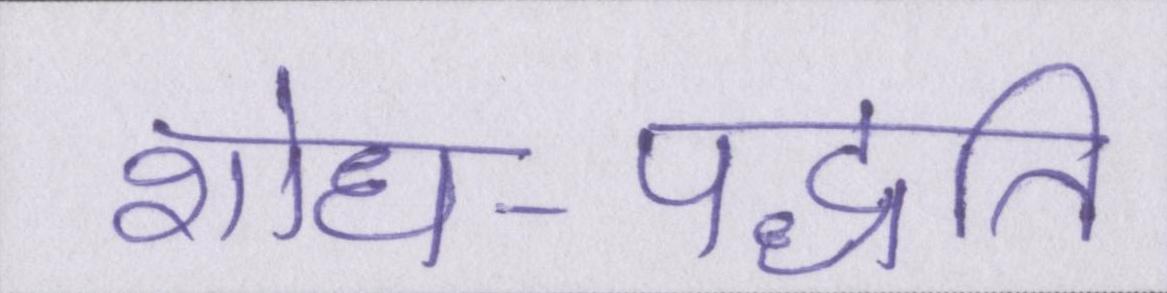
शोध-पद्धति